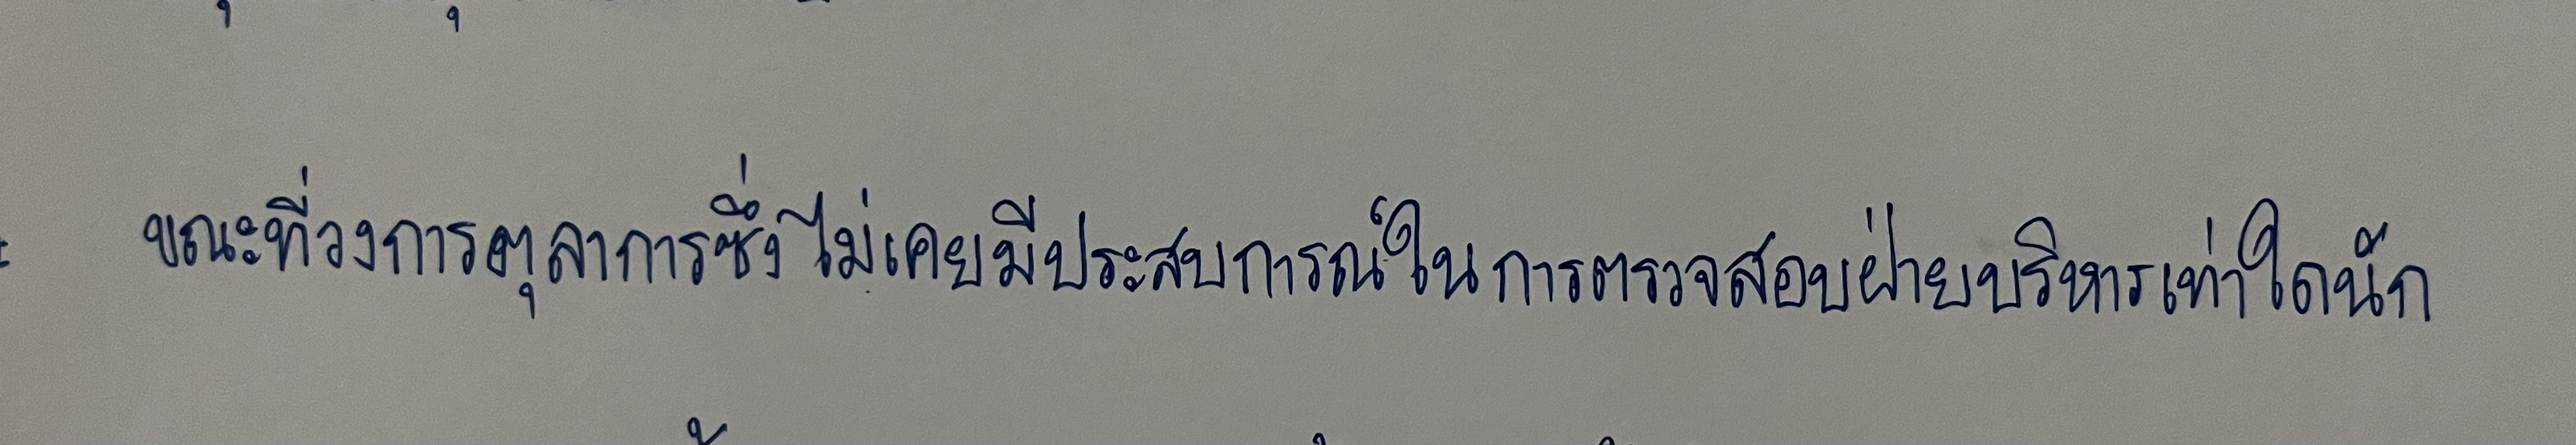
ขณะที่วงการตุลาการซึ่งไม่เคยมีประสบการณ์ในการตรวจสอบฝ่ายบริหารเท่าใดนัก